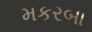
મકરબા